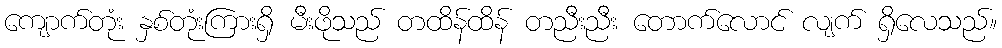
ကျောက်တုံး နှစ်တုံးကြားရှိ မီးဖိုသည် တထိန်ထိန် တညီးညီး တောက်လောင် လျက် ရှိလေသည်။